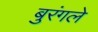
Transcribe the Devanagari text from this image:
बुरंगले